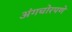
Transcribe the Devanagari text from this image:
अंगचोरपणे